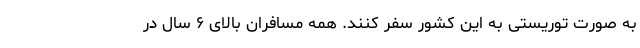
به صورت توریستی به این کشور سفر کنند. همه مسافران بالای ۶ سال در